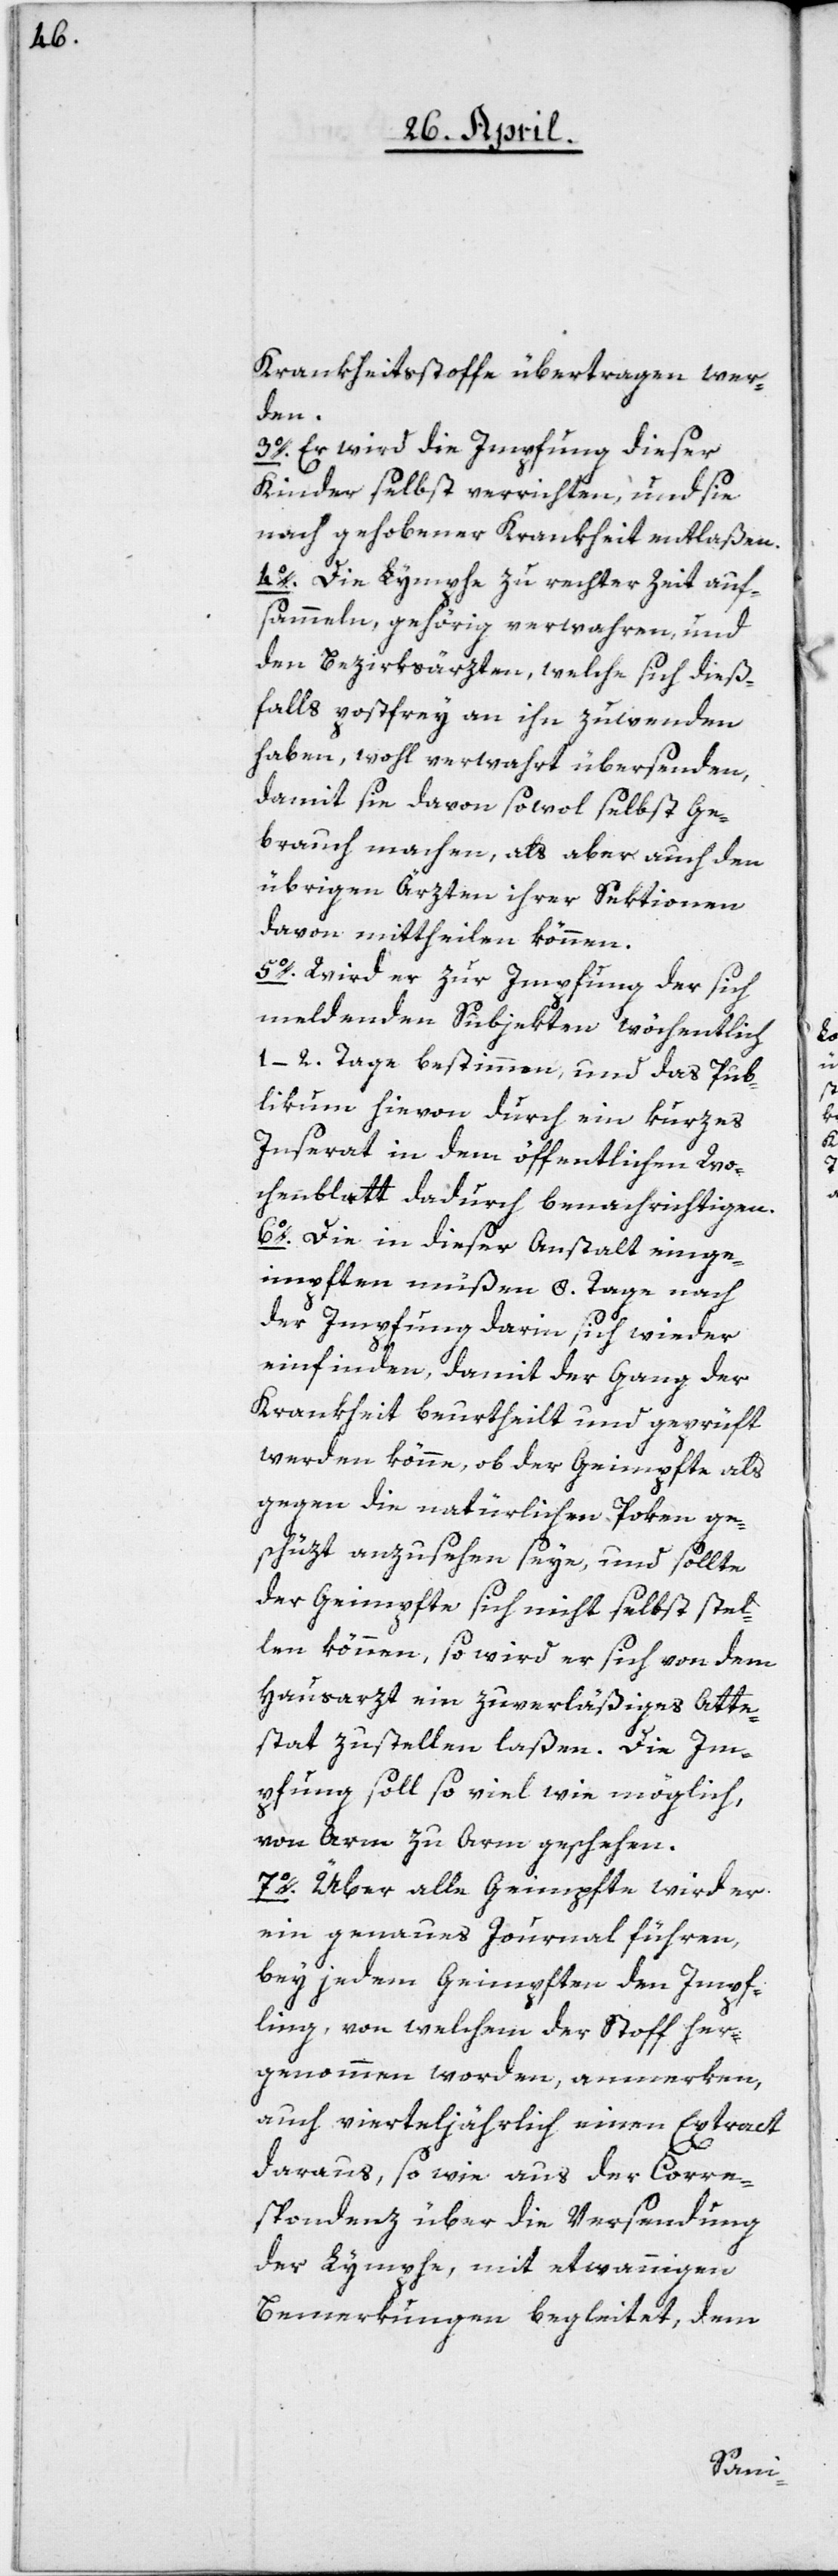
Krankheitßtoffe übertragen wer¬
den.
3o. Er wird die Impfung dieser
Kinder selbst verrichten, und sie
nach gehobener Krankheit entlaßen.
4o. Die Lymphe zu rechter Zeit auf¬
sammeln, gehörig verwahren, und
den Bezirksärzten, welche sich dieß¬
falls postfrey an ihn zu wenden
haben, wohl verwahrt übersenden,
damit sie davon sowohl selbst Ge¬
brauch machen, als aber auch den
übrigen Ärzten ihrer Sektionen
davon mittheilen können.
5o. Wird er zur Impfung der sich
meldenden Subjekten wöchentlich
1–2 Tage bestimmen, und das Pub¬
likum hievon durch ein kurzes
Inserat in dem öffentlichen Wo¬
chenblatt dadurch benachrichtigen.
6o. Die in dieser Anstalt einge¬
impften müßen 8. Tage nach
der Impfung darin sich wieder
einfinden, damit der Gang der
Krankheit beurtheilt und geprüft
werden könne, ob der Geimpfte als
gegen die natürlichen Poken ge¬
schüzt anzusehen seye, und sollte
der Geimpfte sich nicht selbst stel¬
len können, so wird er sich von dem
Hausarzt ein zuverläßiges Atte¬
stat zustellen laßen. Die Im¬
pfung soll so viel wie möglich,
von Arm zu Arm geschehen.
7o. Über alle Geimpfte wird er
ein genaues Journal führen,
bey jedem Geimpften den Impf¬
ling, von welchem der Stoff her¬
genommen worden, anmerken,
auch vierteljährlich einen Extract
daraus, so wie aus der Corre¬
spondenz über die Versendung
der Lymphe, mit etwannigen
Bemerkungen begleitet, dem